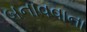
બનાવવાના